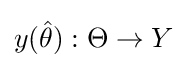
y({\hat {\theta }}):\Theta \rightarrow Y